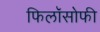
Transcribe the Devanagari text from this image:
फिलॉसोफी